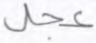
عجل